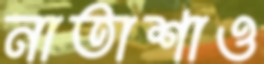
নাতাশাও